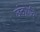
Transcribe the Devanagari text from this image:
छंदोर्णव